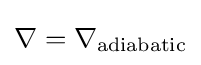
\nabla =\nabla _{\text{adiabatic}}